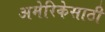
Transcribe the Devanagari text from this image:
अमेरिकेसाठी